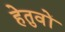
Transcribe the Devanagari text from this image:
हेतुवों